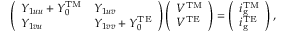
\left( \begin{array} { l l } { Y _ { 1 u u } + Y _ { 0 } ^ { \mathrm { T M } } } & { Y _ { 1 u v } } \\ { Y _ { 1 v u } } & { Y _ { 1 v v } + Y _ { 0 } ^ { \mathrm { T E } } } \end{array} \right) \left( \begin{array} { l } { V ^ { \mathrm { T M } } } \\ { V ^ { \mathrm { T E } } } \end{array} \right) = \left( \begin{array} { l } { i _ { \mathrm { g } } ^ { \mathrm { T M } } } \\ { i _ { \mathrm { g } } ^ { \mathrm { T E } } } \end{array} \right) ,